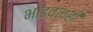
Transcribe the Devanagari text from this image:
भांडवलही